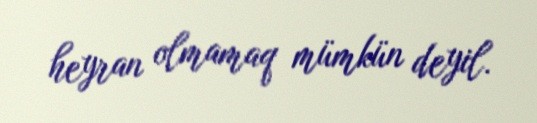
heyran olmamaq mümkün deyil.